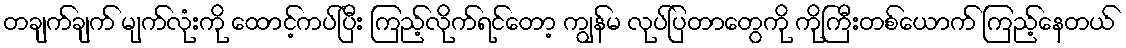
တချက်ချက် မျက်လုံးကို ထောင့်ကပ်ပြီး ကြည့်လိုက်ရင်တော့ ကျွန်မ လုပ်ပြတာတွေကို ကိုကြီးတစ်ယောက် ကြည့်နေတယ်